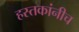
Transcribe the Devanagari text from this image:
हस्तकांनीच